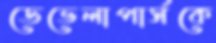
ডেভেলাপার্সকে